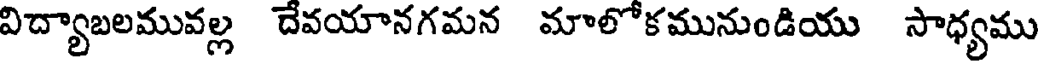
విద్యాబలమువల్ల దేవయానగమన మాలోకమునుండియు సాధ్యము